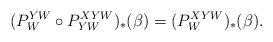
LaTeX: \begin{align*}(P_{W}^{YW}\circ P_{YW}^{XYW})_\ast(\beta)=(P_{W}^{XYW})_\ast(\beta).\end{align*}